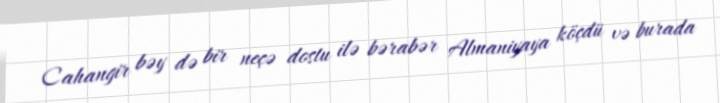
Cahangir bəy də bir neçə dostu ilə bərabər Almaniyaya köçdü və burada